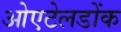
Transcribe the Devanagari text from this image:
ओएटेलडोंक